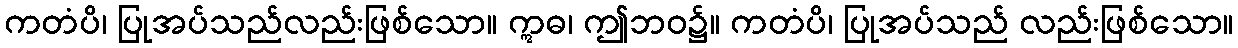
ကတံပိ၊ ပြုအပ်သည်လည်းဖြစ်သော။ ဣဓ၊ ဤဘဝ၌။ ကတံပိ၊ ပြုအပ်သည် လည်းဖြစ်သော။